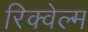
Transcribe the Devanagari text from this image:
रिक्वेल्म